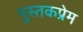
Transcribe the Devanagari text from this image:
पुस्तकप्रेम